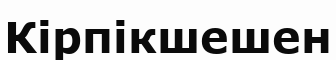
Кірпікшешен